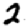
Digit: 2